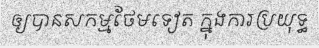
ឲ្យបានសកម្មថែមទៀត ក្នុងការប្រយុទ្ធ